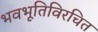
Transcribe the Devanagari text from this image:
भवभूतिविरचित